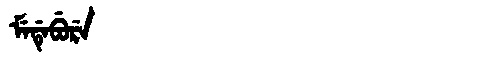
Manchu: ᠮᡝᡩᡝᠪᡠᡵᡝ
Romanization: MEDEBURE